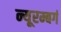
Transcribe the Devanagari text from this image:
न्यूरम्बर्ग